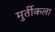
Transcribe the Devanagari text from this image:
मुर्तीकला